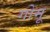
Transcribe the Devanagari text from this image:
गोमू